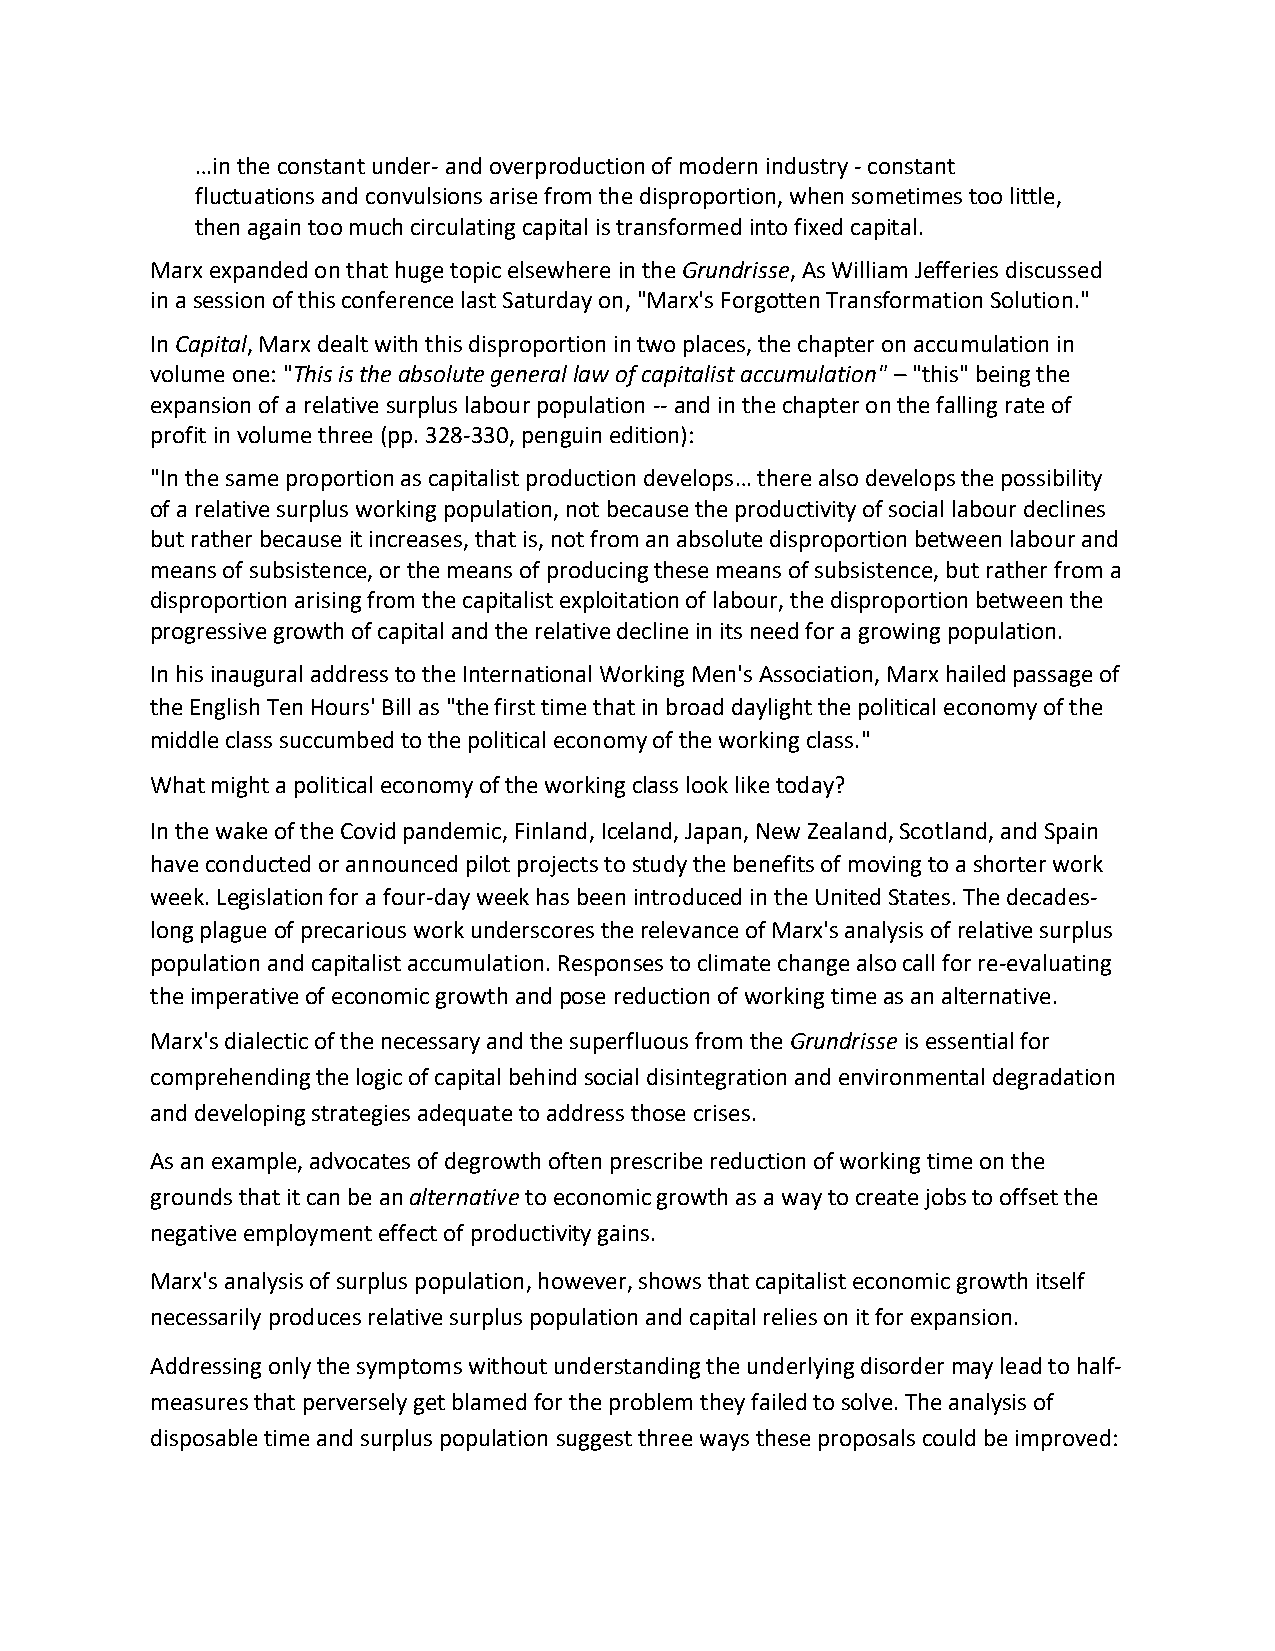
…in the constant under- and overproduction of modern industry - constant
 fluctuations and convulsions arise from the disproportion, when sometimes too little,
 then again too much circulating capital is transformed into fixed capital.
 Marx expanded on that huge topic elsewhere in the Grundrisse, As William Jefferies discussed
 in a session of this conference last Saturday on, "Marx's Forgotten Transformation Solution."
 In Capital, Marx dealt with this disproportion in two places, the chapter on accumulation in
 volume one: "This is the absolute general law of capitalist accumulation" – "this" being the
 expansion of a relative surplus labour population -- and in the chapter on the falling rate of
 profit in volume three (pp. 328-330, penguin edition):
 "In the same proportion as capitalist production develops… there also develops the possibility
 of a relative surplus working population, not because the productivity of social labour declines
 but rather because it increases, that is, not from an absolute disproportion between labour and
 means of subsistence, or the means of producing these means of subsistence, but rather from a
 disproportion arising from the capitalist exploitation of labour, the disproportion between the
 progressive growth of capital and the relative decline in its need for a growing population.
 In his inaugural address to the International Working Men's Association, Marx hailed passage of
 the English Ten Hours' Bill as "the first time that in broad daylight the political economy of the
 middle class succumbed to the political economy of the working class."
 What might a political economy of the working class look like today?
 In the wake of the Covid pandemic, Finland, Iceland, Japan, New Zealand, Scotland, and Spain
 have conducted or announced pilot projects to study the benefits of moving to a shorter work
 week. Legislation for a four-day week has been introduced in the United States. The decades-
 long plague of precarious work underscores the relevance of Marx's analysis of relative surplus
 population and capitalist accumulation. Responses to climate change also call for re-evaluating
 the imperative of economic growth and pose reduction of working time as an alternative.
 Marx's dialectic of the necessary and the superfluous from the Grundrisse is essential for
 comprehending the logic of capital behind social disintegration and environmental degradation
 and developing strategies adequate to address those crises.
 As an example, advocates of degrowth often prescribe reduction of working time on the
 grounds that it can be an alternative to economic growth as a way to create jobs to offset the
 negative employment effect of productivity gains.
 Marx's analysis of surplus population, however, shows that capitalist economic growth itself
 necessarily produces relative surplus population and capital relies on it for expansion.
 Addressing only the symptoms without understanding the underlying disorder may lead to half-
 measures that perversely get blamed for the problem they failed to solve. The analysis of
 disposable time and surplus population suggest three ways these proposals could be improved: